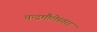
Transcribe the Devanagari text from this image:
चन्द्रमौलेस्वरर